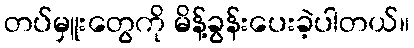
တပ်မှူးတွေကို မိန့်ခွန်းပေးခဲ့ပါတယ်။